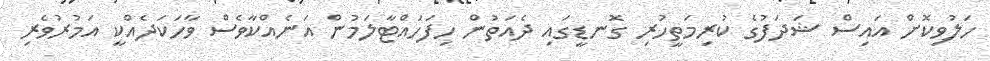
ހަލުވިކޮށް އައިސް ޝަދަފުގެ ކުރިމަތީހުރި ގޮނޑީގައި ދެއަތުން ހިފަހައްޓާލަމުން އަނެއްކާވެސް ވާހަކަދެއްކީ އަމުރުވެރި